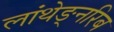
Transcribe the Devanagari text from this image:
लांथेङ्नरिब